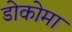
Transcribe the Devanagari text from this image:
डोकोमा